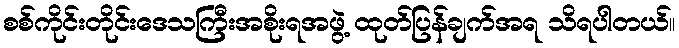
စစ်ကိုင်းတိုင်းဒေသကြီးအစိုးရအဖွဲ့ ထုတ်ပြန်ချက်အရ သိရပါတယ်။